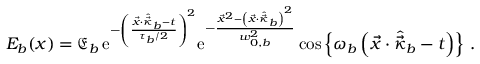
{ \cal E } _ { b } ( x ) = { \mathfrak E } _ { b } \, \mathrm { e } ^ { - \left( \frac { \vec { x } \cdot \hat { \vec { \kappa } } _ { b } - t } { \tau _ { b } / 2 } \right) ^ { 2 } } \mathrm { e } ^ { - \frac { \vec { x } ^ { 2 } - \left( \vec { x } \cdot \hat { \vec { \kappa } } _ { b } \right) ^ { 2 } } { w _ { 0 , b } ^ { 2 } } } \cos \left\{ \omega _ { b } \left( \vec { x } \cdot \hat { \vec { \kappa } } _ { b } - t \right) \right\} \, .